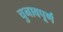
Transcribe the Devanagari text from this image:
चुनावपूर्ण